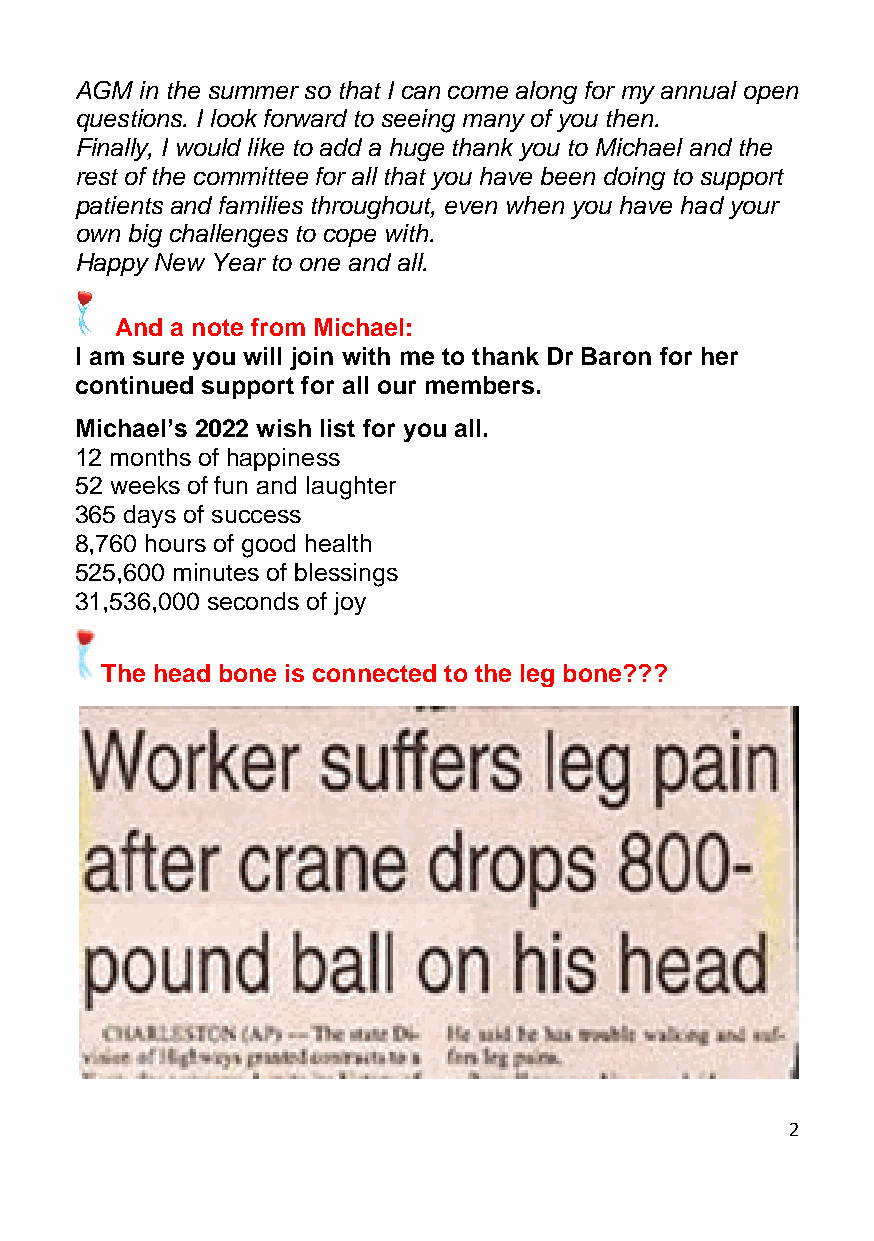
AGM in the summer so that I can come along for my annual open
 questions. I look forward to seeing many of you then.
 Finally, I would like to add a huge thank you to Michael and the
 rest of the committee for all that you have been doing to support
 patients and families throughout, even when you have had your
 own big challenges to cope with.
 Happy New Year to one and all.
 And a note from Michael:
 I am sure you will join with me to thank Dr Baron for her
 continued support for all our members.
 Michael’s 2022 wish list for you all.
 12 months of happiness
 52 weeks of fun and laughter
 365 days of success
 8,760 hours of good health
 525,600 minutes of blessings
 31,536,000 seconds of joy
 The head bone is connected to the leg bone???
 2